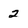
Character: 2